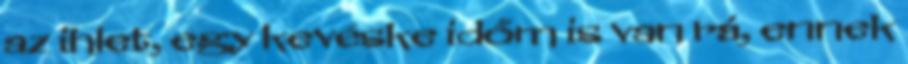
az ihlet, egy kevéske időm is van rá, ennek